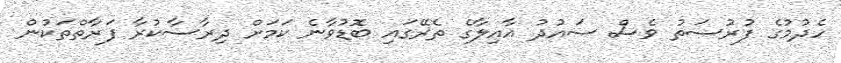
ހެދުމުގެ ފުރުސަތު ވެސް ސައުދު އާއިލާގެ ތެރޭގައި ބޮޑުވާނެ ކަމަށް ދިރާސާކުރާ ފަރާތްތަކުން